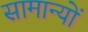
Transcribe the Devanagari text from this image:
सामान्यों